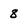
Character: 8